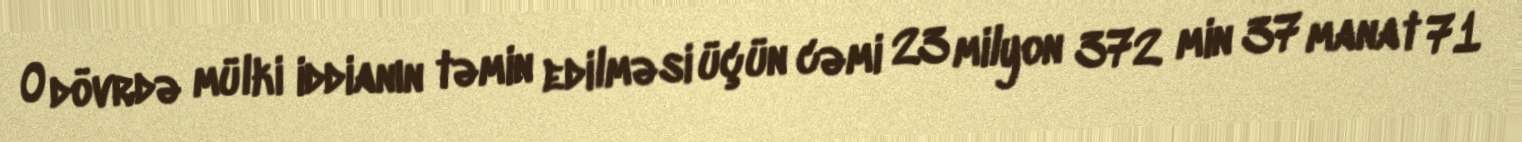
O dövrdə mülki iddianın təmin edilməsi üçün cəmi 23 milyon 372 min 37 manat 71